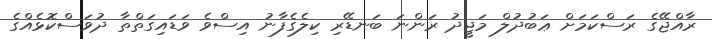
ރާއްޖޭގެ ރަސްކަމަށް ޢަބުދުލް މަޖީދު ރަންނަ ބަނޑޭރި ކިލެގެފާނު އިސްވެ ވަޑައިގަތްތާ ދުވަސްކޮޅެއްގެ